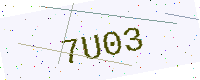
Text: 7U03